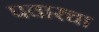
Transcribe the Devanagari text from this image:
पवारचा